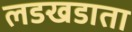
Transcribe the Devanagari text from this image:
लडखडाता